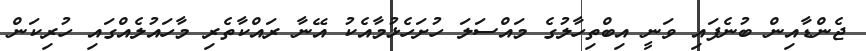
ޖެންޑާއިން ބުނެފައި ވަނީ އިބްތިހާލުގެ މައްސަލަ ހުށަހެޅުމާއެކު އޭނާ ރައްކާތެރި މާހައުލެއްގައި ހުރިކަން